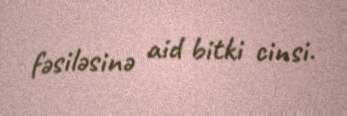
fəsiləsinə aid bitki cinsi.